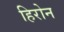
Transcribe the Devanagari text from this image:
हिरोन